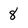
Character: 8